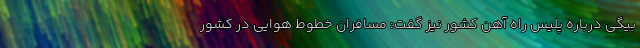
بیگی درباره پلیس راه آهن کشور نیز گفت: مسافران خطوط هوایی در کشور